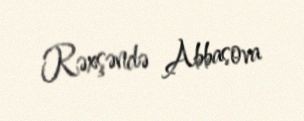
Rəxşəndə Abbasova